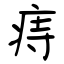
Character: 痔